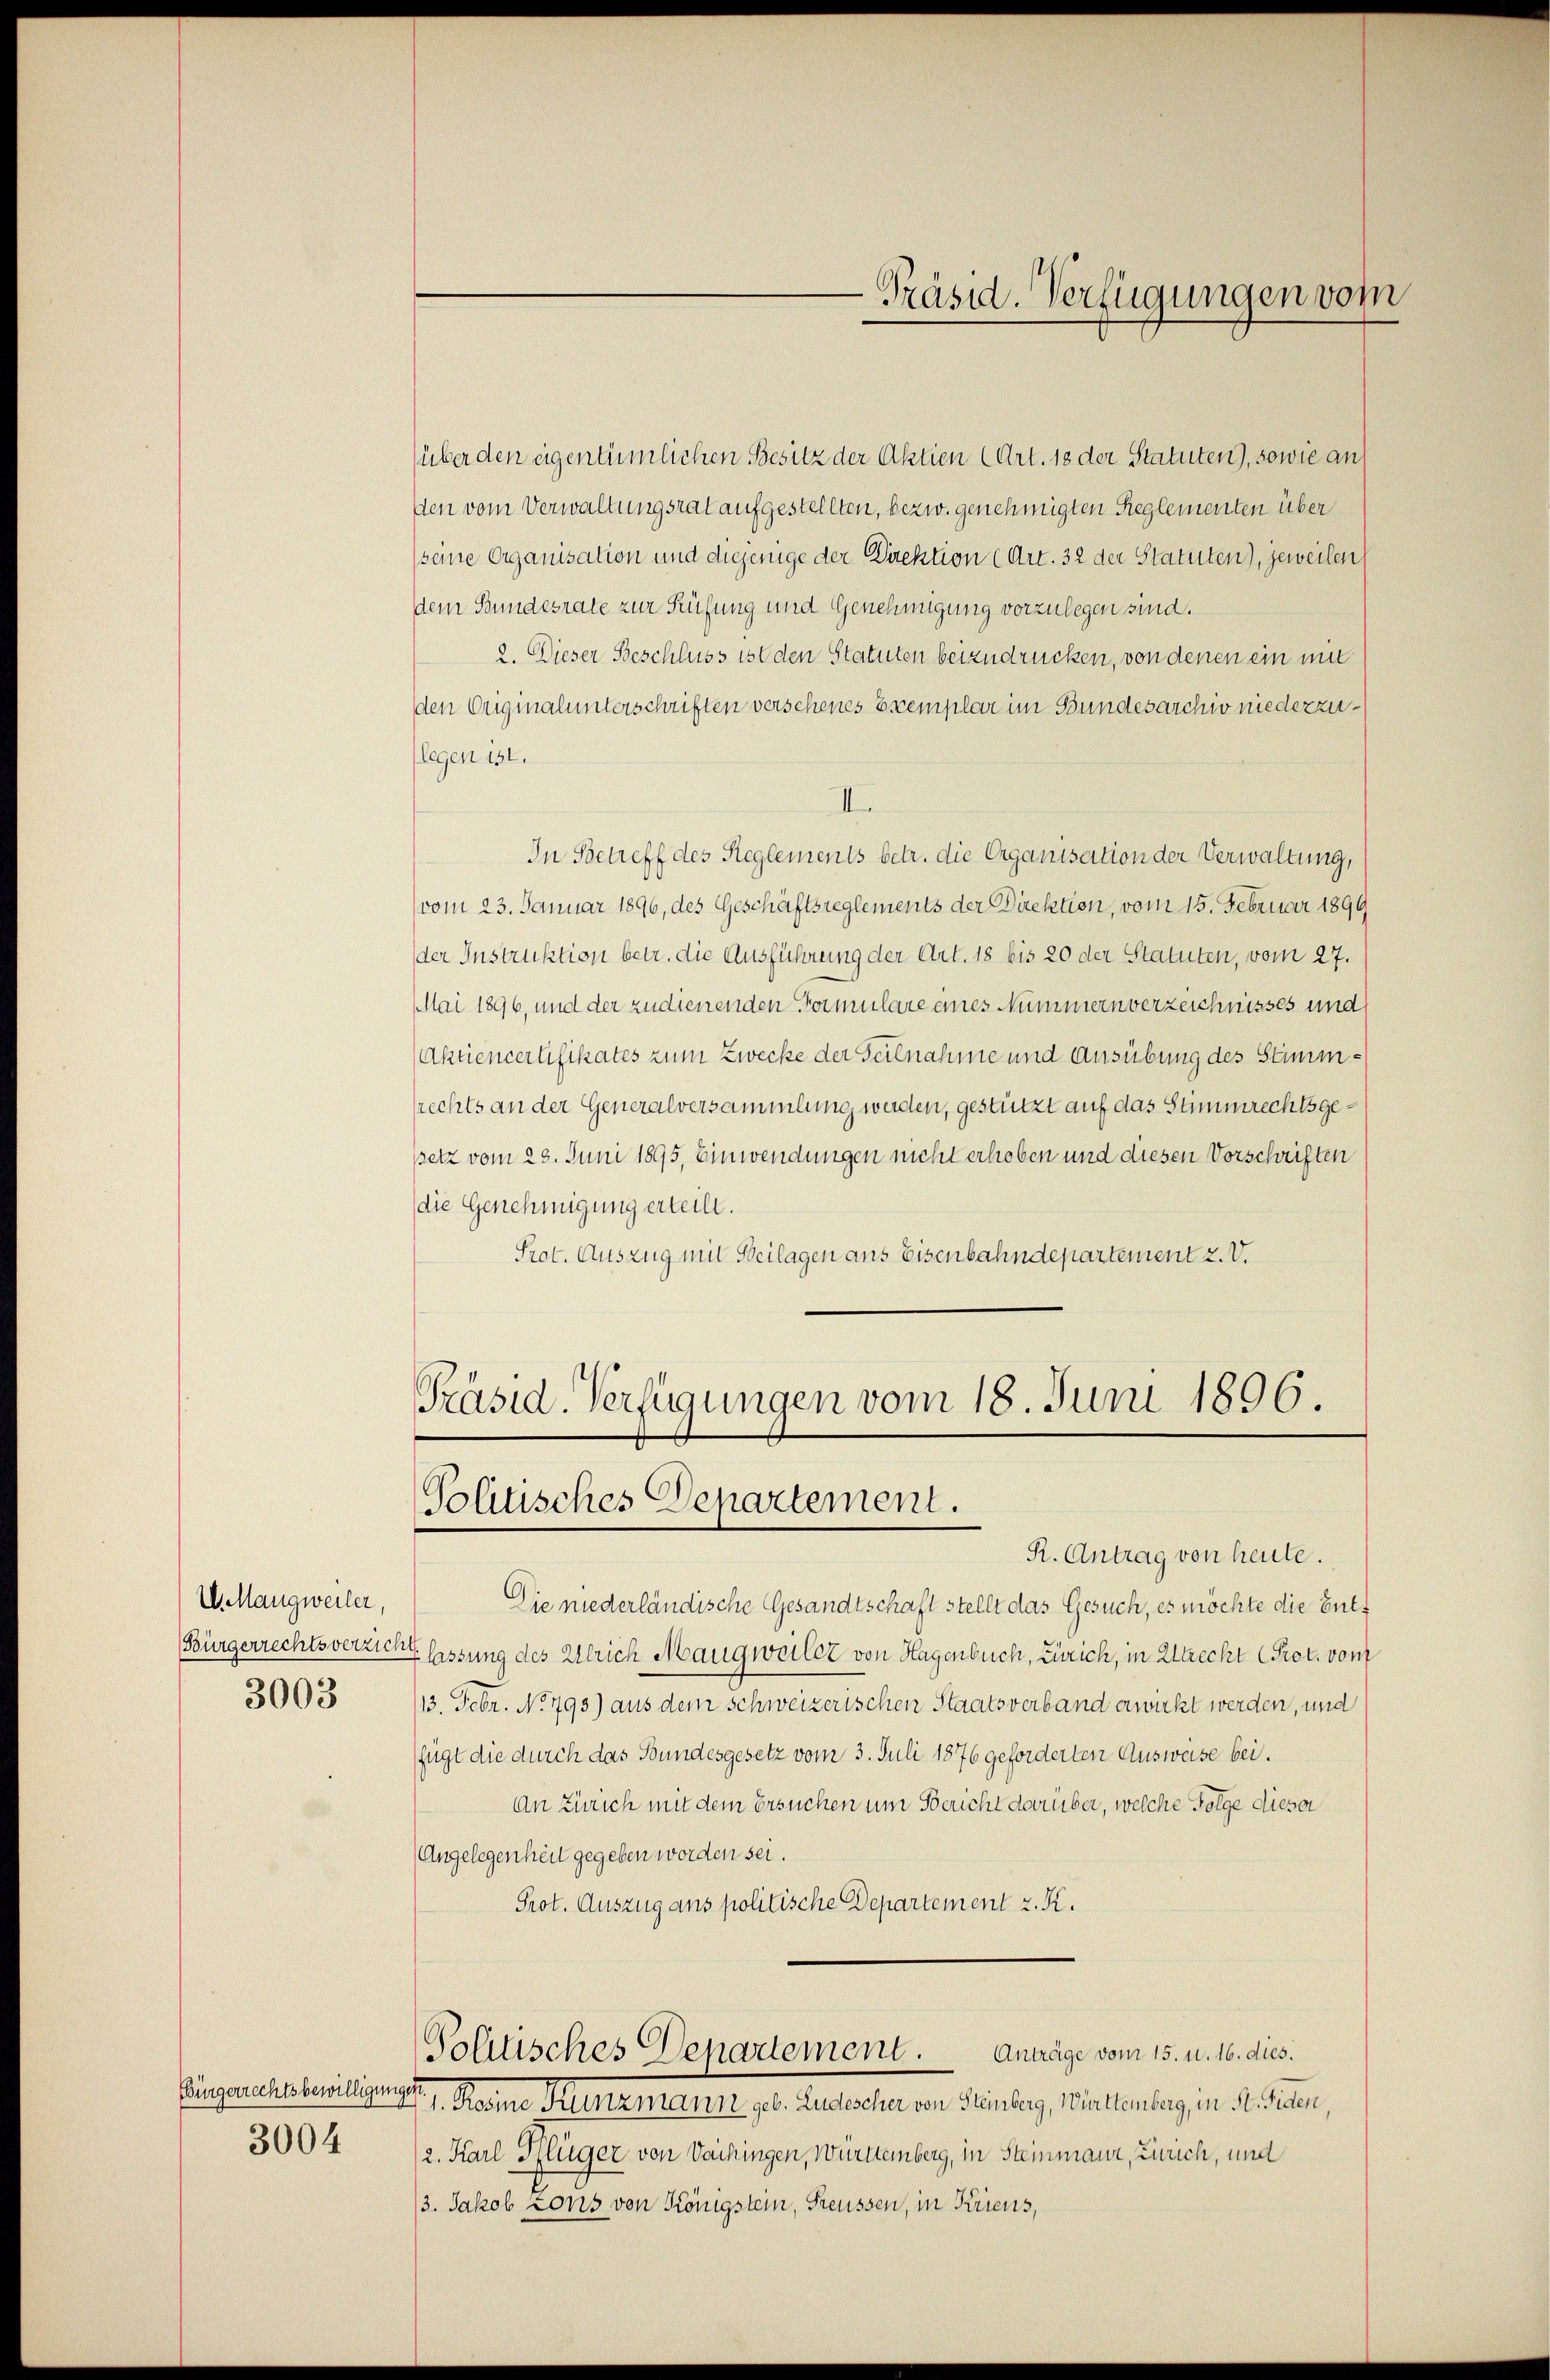
V.MMaugweiler,
Bürgerrechtsverzich
3003

Bürgerrechtsbewilligungen
3004

(über den eigentümlichen Besitz der Aktien (Art. 18 der Statuten), sowie an
den vom Verwaltungsrat aufgestellten, bezw. genehmigten Reglementen über
seine Organisation und diejenige der Direktion (Art. 32 der Statuten), jeweilen
dem Bundesrate zur Prüfung und Genehmigung vorzulegen sind.
2. Dieser Beschluss ist den Statuten beizudrücken, von denen ein mit
den Originalunterschriften verschenes Exemplar im Bundesarchiv niederzulegen ist.
II
In Betreff des Reglements betr. die Organisation der Verwaltung,
vom 23. Januar 1896, des Geschäftsreglements der Direktion, vom 15. Februar 1899
der Instruktion betr. die Ausführung der Art. 18 bis 20 der Statuten, vom 27.
Mai 1896, und der zudienenden Formulare eines Nummern verzeichnisses und
(Aktiencertifikates zum Zwecke der Teilnahme und Ausübung des Stimmrechts an der Generalversammlung werden, gestützt auf das Stimmrechtsgessetz vom 23. Juni 1895, Einwendungen nicht erhoben und diesen Vorschriften
die Genehmigung erteilt.
Prot. Auszug mit Beilagen ans Eisenbahndepartement 2. V.
Präsid. Verfügungen vom 18. Juni 1896.

-Präsid. Verfügungen vom

Politisches Departement.

R. Antrag von heute.
Die niederländische Gesandtschaft stellt das Gesuch, es möchte die Ent¬
Klassung des Ulrich Mangweiler von Hagenbuch, Zürich, in Altrecht Prot. von
13. Febr. No. 793) aus dem schweizerischen Staatsverband erwirkt werden, und
fügt die durch das Bundesgesetz vom 3. Juli 1876 geforderten Ausweise bei.
An Zürich mit dem Ersuchen um Bericht darüber, welche Folge dieser
Angelegenheit gegeben worden sei.
Prot. Auszug ans politische Departement z. K.
Anträge vom 15. u. 16. dies.
Politisches Departement
G. Sanen Belasterratel des Gestalten an Dein lag, Martierung d. d. diesen,
2. Karl Pflüger von Vaihingen, Württemberg, in Steinmaur, Zürich, und
/3. Jakob Lons von Königstein, Freussen, in Kriens,